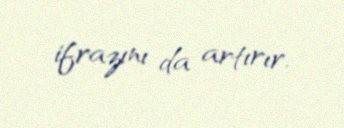
ifrazını da artırır.